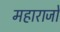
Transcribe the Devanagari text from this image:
महाराजो